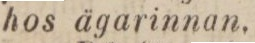
hos ägarinnan.